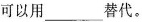
可以用___替代。